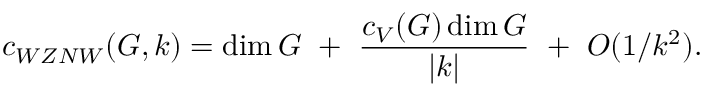
c _ { W Z N W } ( G , k ) = \dim G ~ + ~ { \frac { c _ { V } ( G ) \dim G } { | k | } } ~ + ~ { \cal O } ( 1 / k ^ { 2 } ) .